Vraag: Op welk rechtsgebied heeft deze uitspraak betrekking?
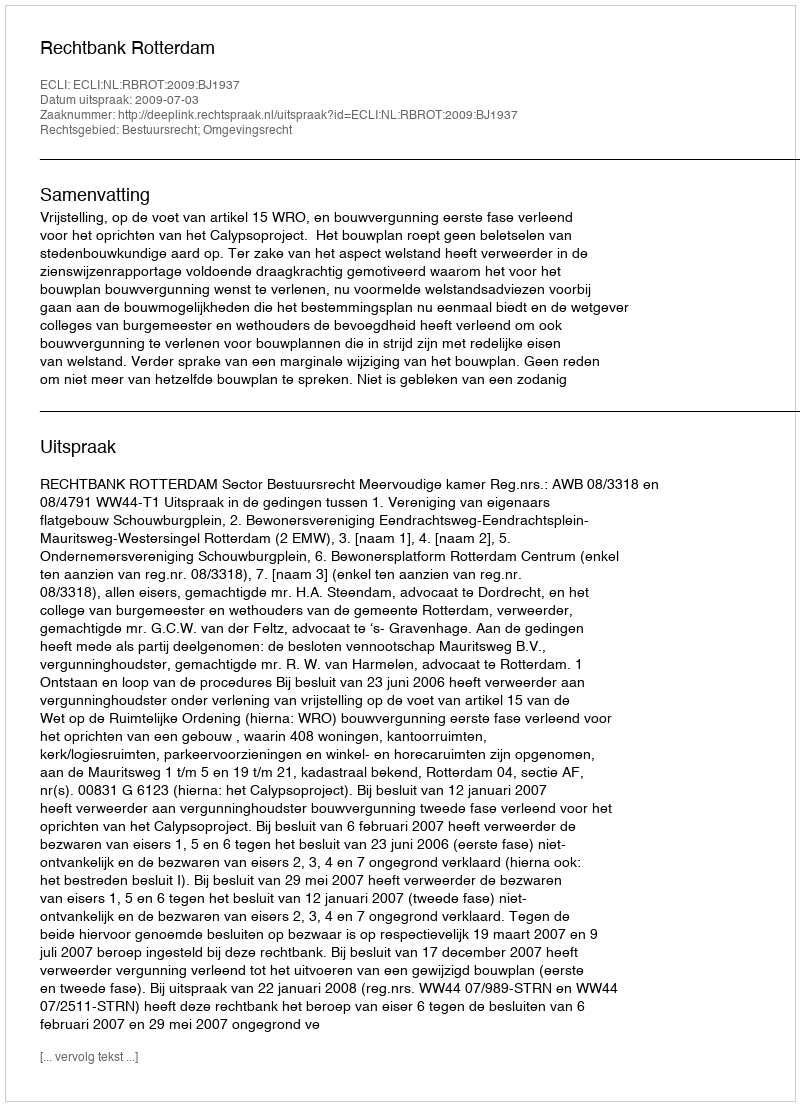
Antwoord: Bestuursrecht; Omgevingsrecht